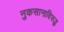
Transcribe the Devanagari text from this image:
नुकसानाविरुद्ध